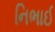
નિભાઈ